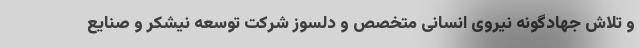
و تلاش جهادگونه نیروی انسانی متخصص و دلسوز شرکت توسعه نیشکر و صنایع